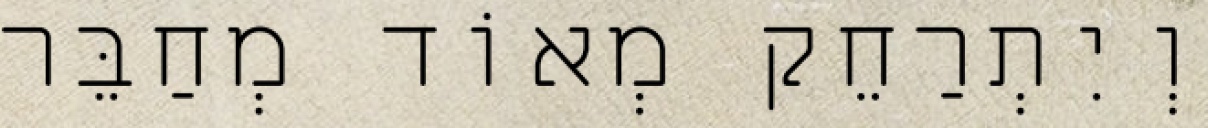
וְיִתְרַחֵק מְאוֹד מְחַבֵּר